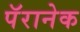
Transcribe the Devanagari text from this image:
पॅरानेक